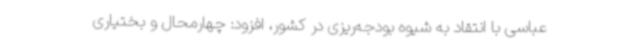
عباسی با انتقاد به شیوه بودجه‌ریزی در کشور، افزود: چهارمحال و بختیاری